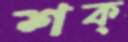
শক্